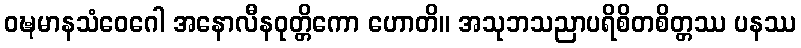
ဝဍ္ဎမာနသံဝေဂေါ အနောလီနဝုတ္တိကော ဟောတိ။ အသုဘသညာပရိစိတစိတ္တဿ ပနဿ